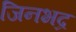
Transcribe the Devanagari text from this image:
जिनभद्र